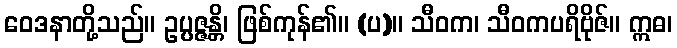
ဝေဒနာတို့သည်။ ဥပ္ပဇ္ဇန္တိ၊ ဖြစ်ကုန်၏။ (ပ)။ သီဝက၊ သီဝကပရိဗိုဇ်။ ဣဓ၊